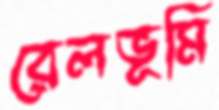
রেলভূমি